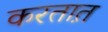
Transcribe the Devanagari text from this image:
करतात़